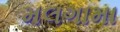
મલગામા